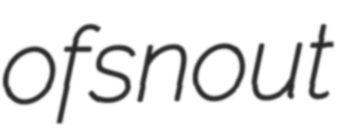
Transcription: of snout